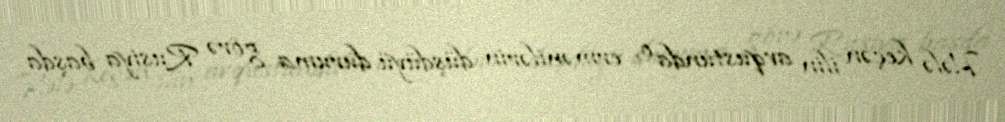
Hələ keçən ilin avqustunda o, ermənilərin düşdüyü duruma görə Rusiya başda